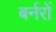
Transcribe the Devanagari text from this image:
बर्नरों